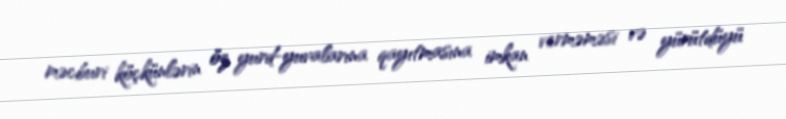
məcburi köçkünlərin öz yurd-yuvalarına qayıtmasına imkan verməməsi və yürütdüyü